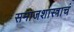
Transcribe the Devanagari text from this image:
समाजशास्त्राचं